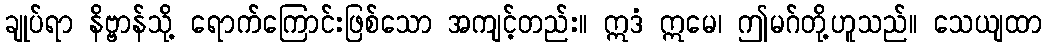
ချုပ်ရာ နိဗ္ဗာန်သို့ ရောက်ကြောင်းဖြစ်သော အကျင့်တည်း။ ဣဒံ ဣမေ၊ ဤမဂ်တို့ဟူသည်။ သေယျထာ